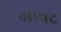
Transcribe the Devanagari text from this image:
आपद